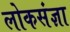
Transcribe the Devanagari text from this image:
लोकसंज्ञा